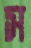
স